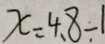
x = 4 . 8 \div